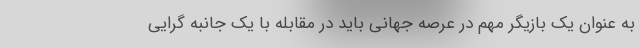
به عنوان یک بازیگر مهم در عرصه جهانی باید در مقابله با یک جانبه گرایی